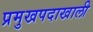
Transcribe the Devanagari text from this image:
प्रमुखपदाखाली